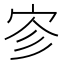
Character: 𪧉